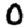
Digit: 0